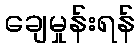
ချေမှုန်းရန်